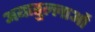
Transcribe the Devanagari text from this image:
अयातुल्लाओं